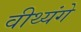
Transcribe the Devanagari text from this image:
वीथ्यंगे